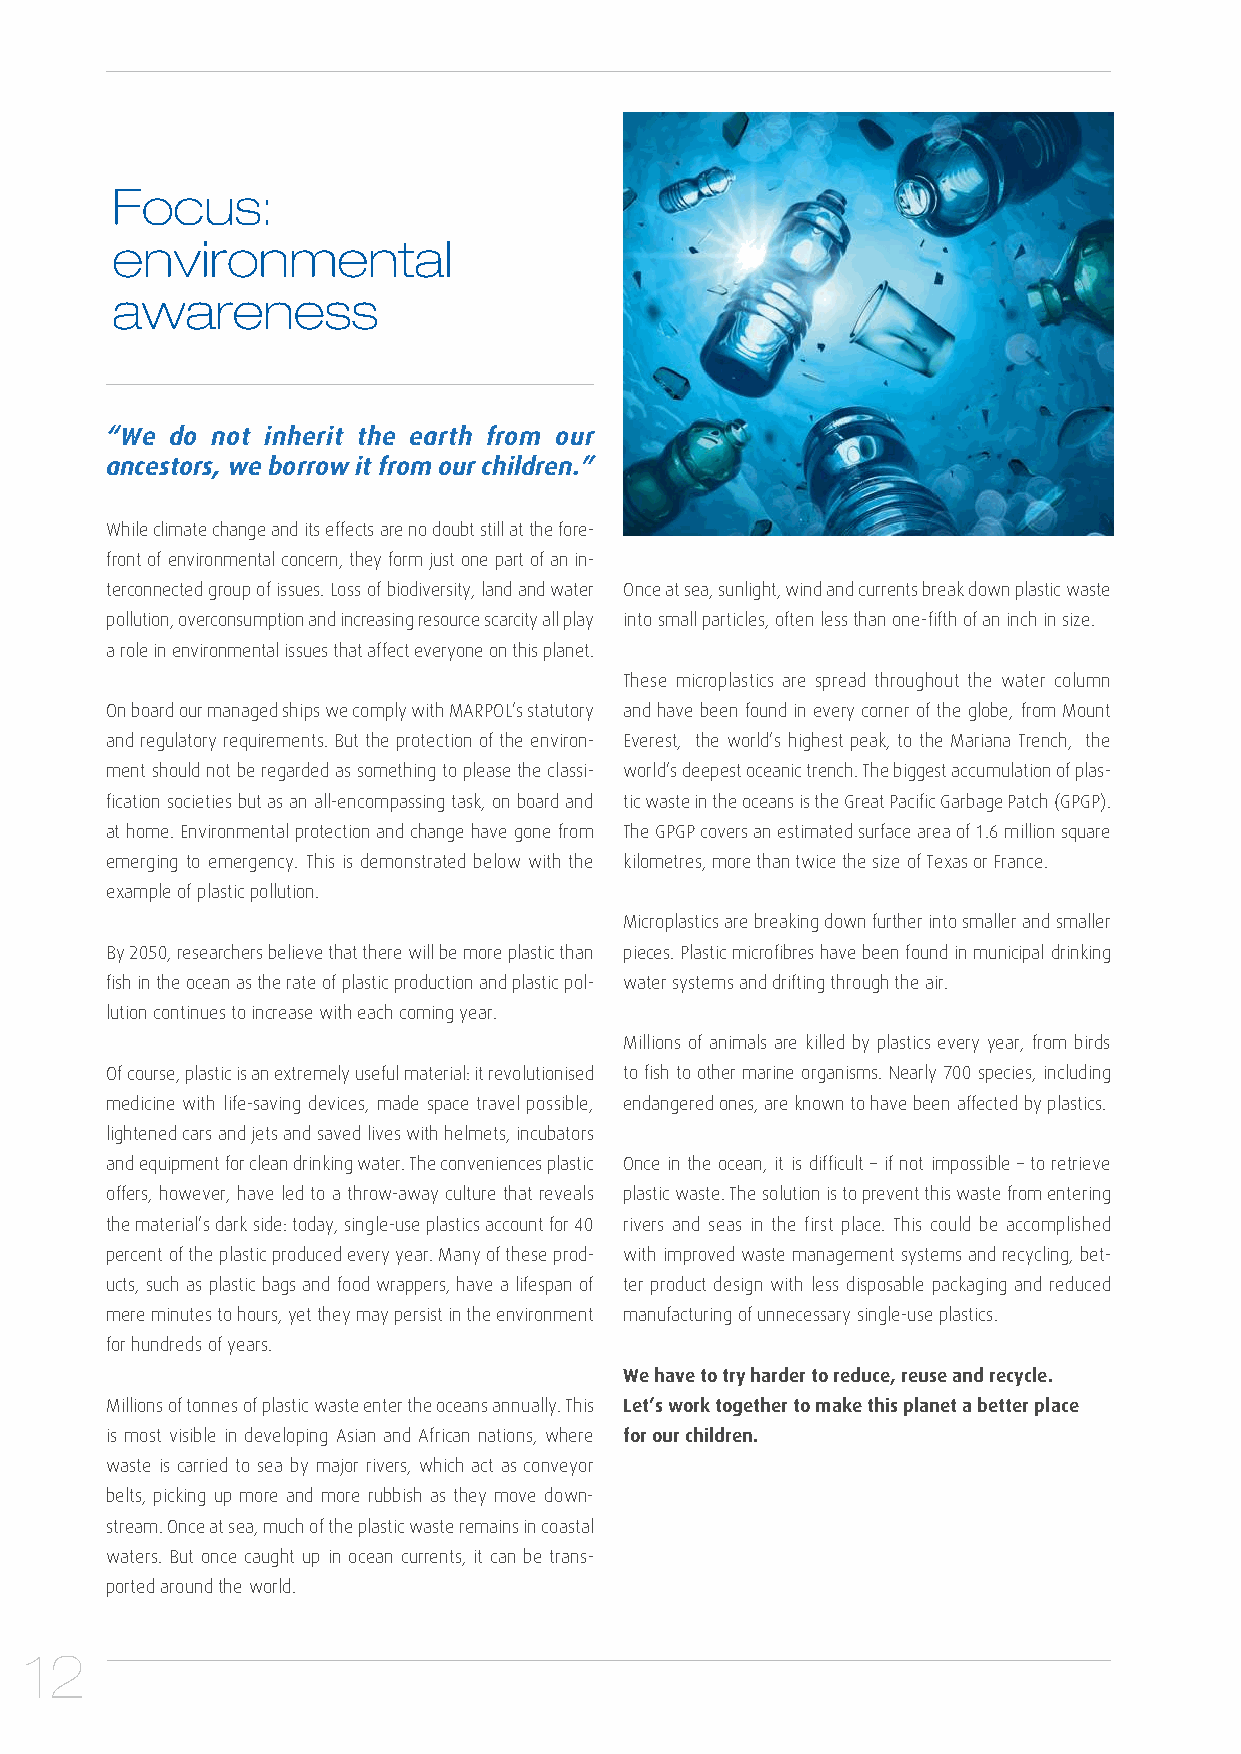
Focus:
 environmental
 awareness
 “We do not inherit the earth from our
 ancestors, we borrow it from our children.”
 While climate change and its effects are no doubt still at the fore-
 front of environmental concern, they form just one part of an in-
 terconnected group of issues. Loss of biodiversity, land and water Once at sea, sunlight, wind and currents break down plastic waste
 pollution, overconsumption and increasing resource scarcity all play into small particles, often less than one-fifth of an inch in size.
 a role in environmental issues that affect everyone on this planet.
 These microplastics are spread throughout the water column
 On board our managed ships we comply with MARPOL’s statutory and have been found in every corner of the globe, from Mount
 and regulatory requirements. But the protection of the environ- Everest, the world’s highest peak, to the Mariana Trench, the
 ment should not be regarded as something to please the classi- world’s deepest oceanic trench. The biggest accumulation of plas-
 fication societies but as an all-encompassing task, on board and tic waste in the oceans is the Great Pacific Garbage Patch (GPGP).
 at home. Environmental protection and change have gone from The GPGP covers an estimated surface area of 1.6 million square
 emerging to emergency. This is demonstrated below with the kilometres, more than twice the size of Texas or France.
 example of plastic pollution.
 Microplastics are breaking down further into smaller and smaller
 By 2050, researchers believe that there will be more plastic than pieces. Plastic microfibres have been found in municipal drinking
 fish in the ocean as the rate of plastic production and plastic pol- water systems and drifting through the air.
 lution continues to increase with each coming year.
 Millions of animals are killed by plastics every year, from birds
 Of course, plastic is an extremely useful material: it revolutionised to fish to other marine organisms. Nearly 700 species, including
 medicine with life-saving devices, made space travel possible, endangered ones, are known to have been affected by plastics.
 lightened cars and jets and saved lives with helmets, incubators
 and equipment for clean drinking water. The conveniences plastic Once in the ocean, it is difficult – if not impossible – to retrieve
 offers, however, have led to a throw-away culture that reveals plastic waste. The solution is to prevent this waste from entering
 the material’s dark side: today, single-use plastics account for 40 rivers and seas in the first place. This could be accomplished
 percent of the plastic produced every year. Many of these prod- with improved waste management systems and recycling, bet-
 ucts, such as plastic bags and food wrappers, have a lifespan of ter product design with less disposable packaging and reduced
 mere minutes to hours, yet they may persist in the environment manufacturing of unnecessary single-use plastics.
 for hundreds of years.
 We have to try harder to reduce, reuse and recycle.
 Millions of tonnes of plastic waste enter the oceans annually. This Let’s work together to make this planet a better place
 is most visible in developing Asian and African nations, where for our children.
 waste is carried to sea by major rivers, which act as conveyor
 belts, picking up more and more rubbish as they move down-
 stream. Once at sea, much of the plastic waste remains in coastal
 waters. But once caught up in ocean currents, it can be trans-
 ported around the world.
 12